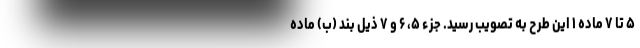
۵ تا ۷ ماده ۱ این طرح به تصویب رسید. جزء ۵، ۶ و ۷ ذیل بند (ب) ماده